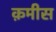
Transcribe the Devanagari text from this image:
क़मीस